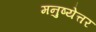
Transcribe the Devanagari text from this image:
मनुष्येत्तर